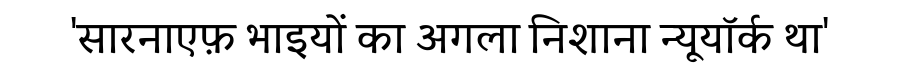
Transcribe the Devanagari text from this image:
'सारनाएफ़ भाइयों का अगला निशाना न्यूयॉर्क था'